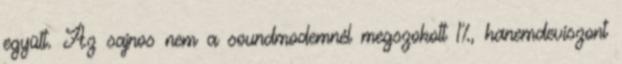
együtt. Az sajnos nem a soundmodemnél megszokott 1%, hanemdeviszont